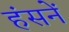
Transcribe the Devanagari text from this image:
हंसनें